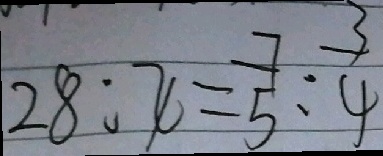
2 8 : x = \frac { 7 } { 5 } : \frac { 3 } { 4 }